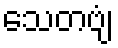
သေတဗျံ